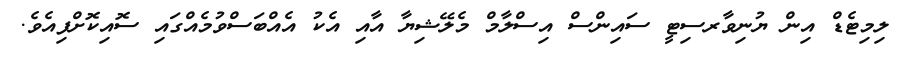
ލިމިޓެޑް އިން ޔުނިވާރސިޓީ ސައިންސް އިސްލާމް މެލޭޝިޔާ އާއި އެކު އެއްބަސްވުމެއްގައި ސޮއިކޮށްފިއެވެ.